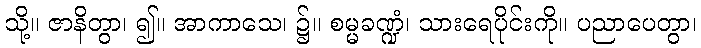
သို့။ ဇာနိတွာ၊ ၍။ အာကာသေ၊ ၌။ စမ္မခဏ္ဍံ၊ သားရေပိုင်းကို။ ပညာပေတွာ၊